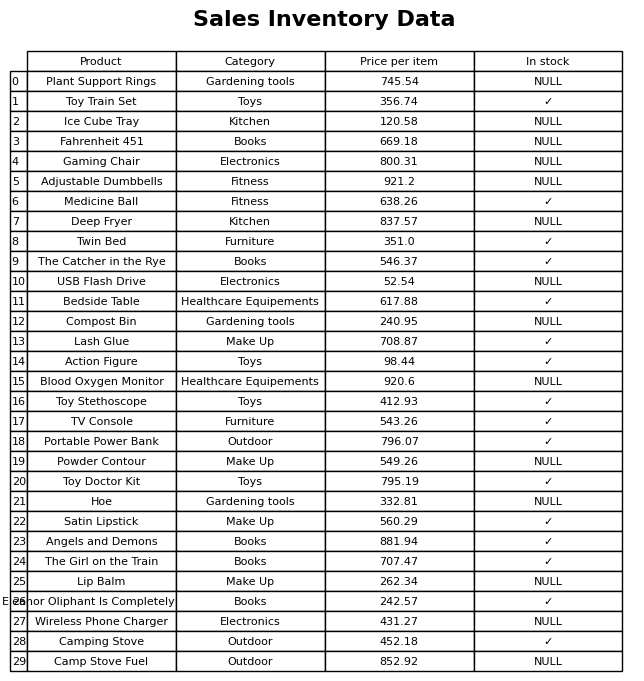
question: Is the Wireless Phone Charger in stock?
answer: NULL